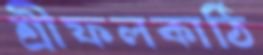
শ্রীফলকাঠি